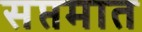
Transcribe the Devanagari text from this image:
सप्तमात